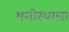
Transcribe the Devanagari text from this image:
भगीरथाला